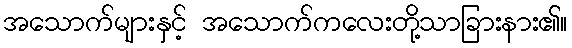
အသောက်များနှင့် အသောက်ကလေးတို့သာခြားနား၏။